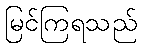
မြင်ကြရသည်